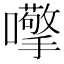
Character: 𱕨